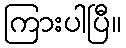
ကြားပါပြီ။